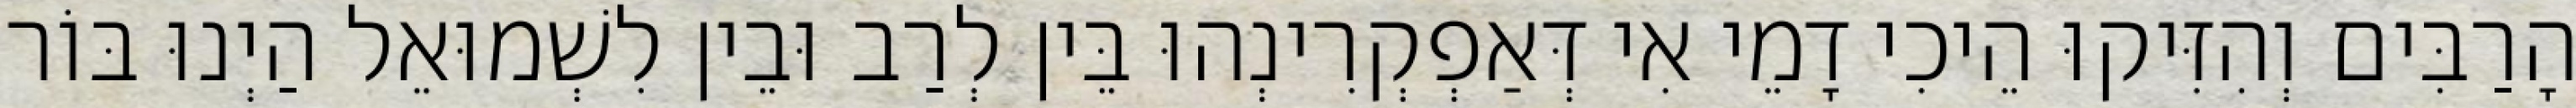
הָרַבִּים וְהִזִּיקוּ הֵיכִי דָמֵי אִי דְּאַפְקְרִינְהוּ בֵּין לְרַב וּבֵין לִשְׁמוּאֵל הַיְנוּ בּוֹר